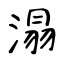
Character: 溻